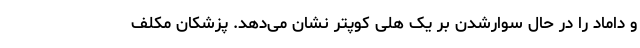
و داماد را در حال سوارشدن بر یک هلی کوپتر نشان می‌دهد. پزشکان مکلف